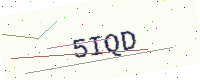
Text: 5IQD